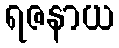
ရဇနာယ